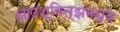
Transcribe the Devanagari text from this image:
आउश्वित्झमध्ये